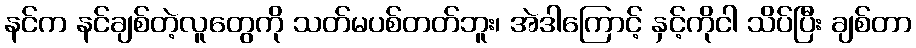
နင်က နင်ချစ်တဲ့လူတွေကို သတ်မပစ်တတ်ဘူး၊ အဲဒါကြောင့် နှင့်ကိုငါ သိပ်ပြီး ချစ်တာ